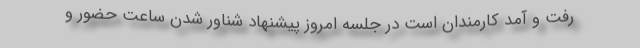
رفت و آمد کارمندان است در جلسه امروز پیشنهاد شناور شدن ساعت حضور و